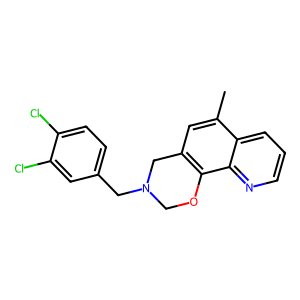
SMILES: Cc1cc2c(c3ncccc13)OCN(Cc1ccc(Cl)c(Cl)c1)C2
Inhibits HIV replication: No